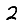
Digit: 2